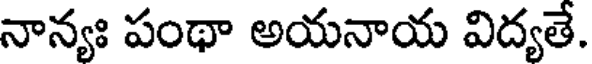
నాన్యః పంథా అయనాయ విద్యతే.